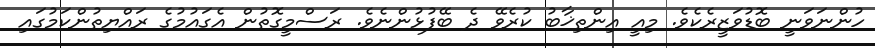
ހުންނަވަނީ ބޮޑުވަޒީރެކެވެ. މިއީ އިންތިޚާބު ކުރެވޭ ދެ ބޭފުޅުންނެވެ. ރަސްމީގޮތުން އެގައުމުގެ ރައްޔިތުންކަމުގައި